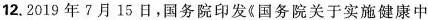
12.2019年7月15日，国务院印发《国务院关于实施健康中